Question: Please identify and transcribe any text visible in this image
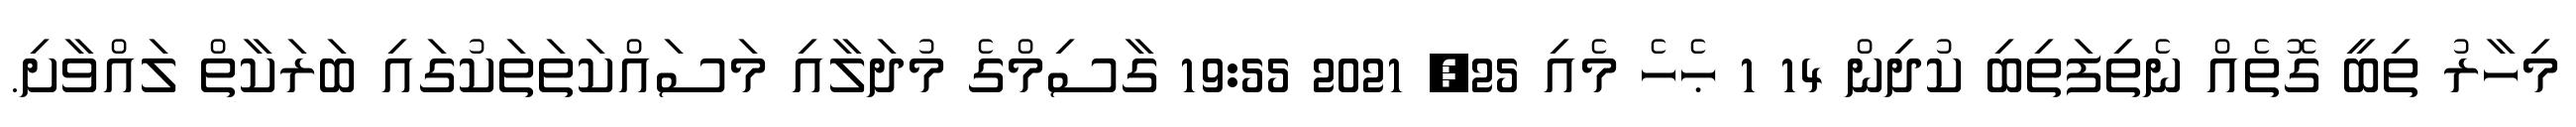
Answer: މިހާރު ތިބީ ގޮތެއް ނެތިފަތިބި ކުދިން 14 1 ޙެހެ މެއި 25, 2021 19:55 ގާސިމްގެ މުދަލާއި މަސައްކަތަތަކުގައި ބަރަކާތް ލައްވާށި.